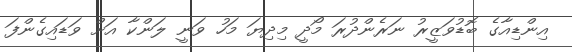
އިންޑިއާގެ ބޮޑުވަޒީރު ނަރެންދުރަ މޯދީ މިދިޔަ މަހު ވަނީ ލަންކާ އަށް ވަޑައިގެންފަ